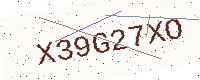
Text: X39G27XO